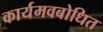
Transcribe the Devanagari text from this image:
कार्यमवबोधित